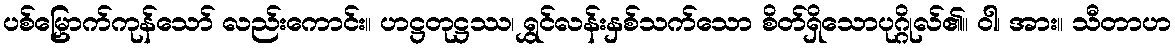
ပစ်မြှောက်ကုန်သော် လည်းကောင်း။ ဟဋ္ဌတုဋ္ဌဿ၊ ရွှင်လန်းနှစ်သက်သော စိတ်ရှိသောပုဂ္ဂိုလ်၏။ ဝါ၊ အား။ သီတာဟ